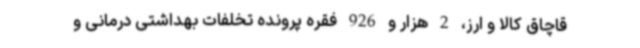
قاچاق کالا و ارز، 2 هزار و 926 فقره پرونده تخلفات بهداشتی درمانی و